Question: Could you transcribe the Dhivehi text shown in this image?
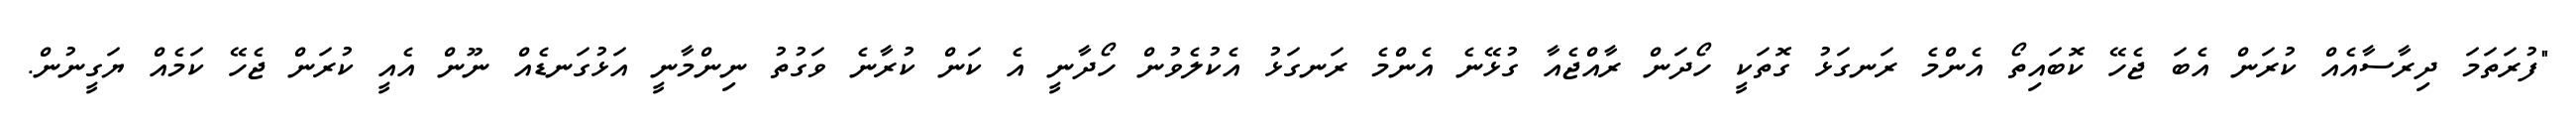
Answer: "ފުރަތަމަ ދިރާސާއެއް ކުރަން އެބަ ޖެހޭ ކޮބައިތޯ އެންމެ ރަނގަޅު ގޮތަކީ ހޯދަން ރާއްޖެއާ ގުޅޭނެ އެންމެ ރަނގަޅު އެކުލެވުން ހޯދާނީ އެ ކަން ކުރާނެ ވަގުތު ނިންމާނީ އަޅުގަނޑެއް ނޫން އެއީ ކުރަން ޖެހޭ ކަމެއް ޔަގީނުން.